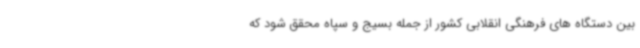
بین دستگاه های فرهنگی انقلابی کشور از جمله بسیج و سپاه محقق شود که